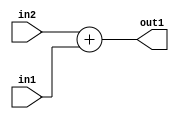
`timescale 1ps / 1ps
/*****************************************************************************
    Verilog RTL Description
    
    
    Created by: Stratus DpOpt 2019.1.01 
*******************************************************************************/

module bn_addr_gen_Add_32Ux18U_32U_4_0 (
	in2,
	in1,
	out1
	); /* architecture "behavioural" */ 
input [31:0] in2;
input [17:0] in1;
output [31:0] out1;
wire [31:0] asc001;

assign asc001 = 
	+(in2)
	+(in1);

assign out1 = asc001;
endmodule

/* CADENCE  ubD5Qwk= : u9/ySgnWtBlWxVPRXgAZ4Og= ** DO NOT EDIT THIS LINE ******/